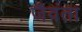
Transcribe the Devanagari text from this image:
जैवंता